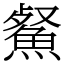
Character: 䱗